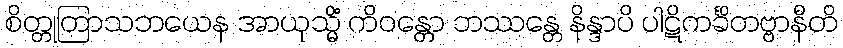
စိတ္တုတြာသဘယေန အာယုသ္မိံ ကိဝန္တော ဘဿန္တေ နိန္ဒာပိ ပါဋိကင်္ခိတဗ္ဗာနီတိ